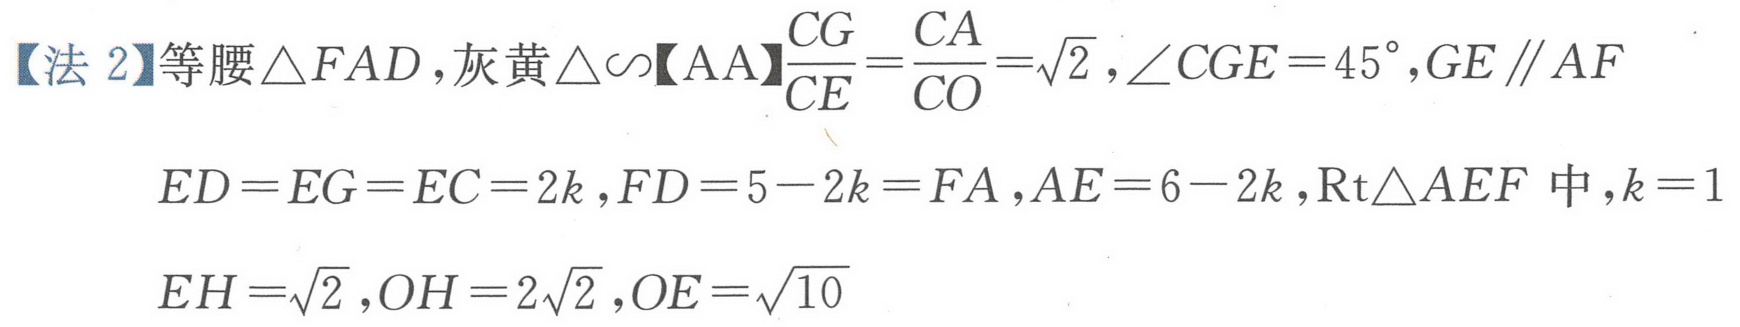
【法 2】等腰\(\triangle FAD\)，灰黄\(\triangle\sim\)【AA】\(\frac{CG}{CE}=\frac{CA}{CO}=\sqrt{2}\)，\(\angle CGE = 45^{\circ}\)，\(GE\parallel AF\)
\(ED = EG = EC = 2k\)，\(FD = 5 - 2k = FA\)，\(AE = 6 - 2k\)，\(\text{Rt}\triangle AEF\) 中，\(k = 1\)
\(EH=\sqrt{2}\)，\(OH = 2\sqrt{2}\)，\(OE=\sqrt{10}\)